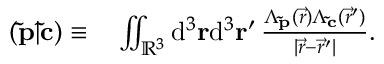
\begin{array} { r l } { ( \mathbf { \tilde { p } } | \mathbf { \tilde { c } } ) \equiv } & { \, \iint _ { \mathbb { R } ^ { 3 } } \mathrm { d } ^ { 3 } \ensuremath \mathbf { r } \mathrm { d } ^ { 3 } \ensuremath \mathbf { r } ^ { \prime } \, \frac { \Lambda _ { \mathbf { \tilde { p } } } ( \vec { r } ) \Lambda _ { \mathbf { \tilde { c } } } ( \vec { r } ^ { \prime } ) } { \vert \vec { r } - \vec { r } ^ { \prime } \vert } . } \end{array}